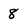
Character: 8